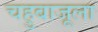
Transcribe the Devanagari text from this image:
चहुबाजूला